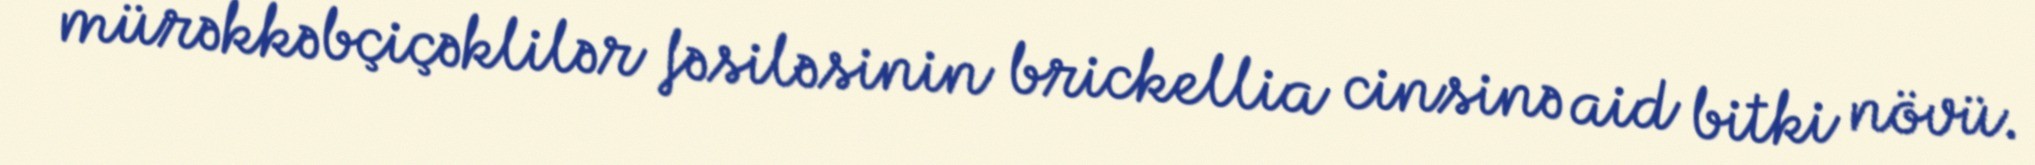
mürəkkəbçiçəklilər fəsiləsinin brickellia cinsinə aid bitki növü.